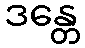
ဒန္တေ